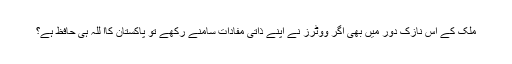
ملک کے اس نازک دور میں بھی اگر ووٹرز نے اپنے ذاتی مفادات سامنے رکھے تو پاکستان کاا للہ ہی حافظ ہے؟